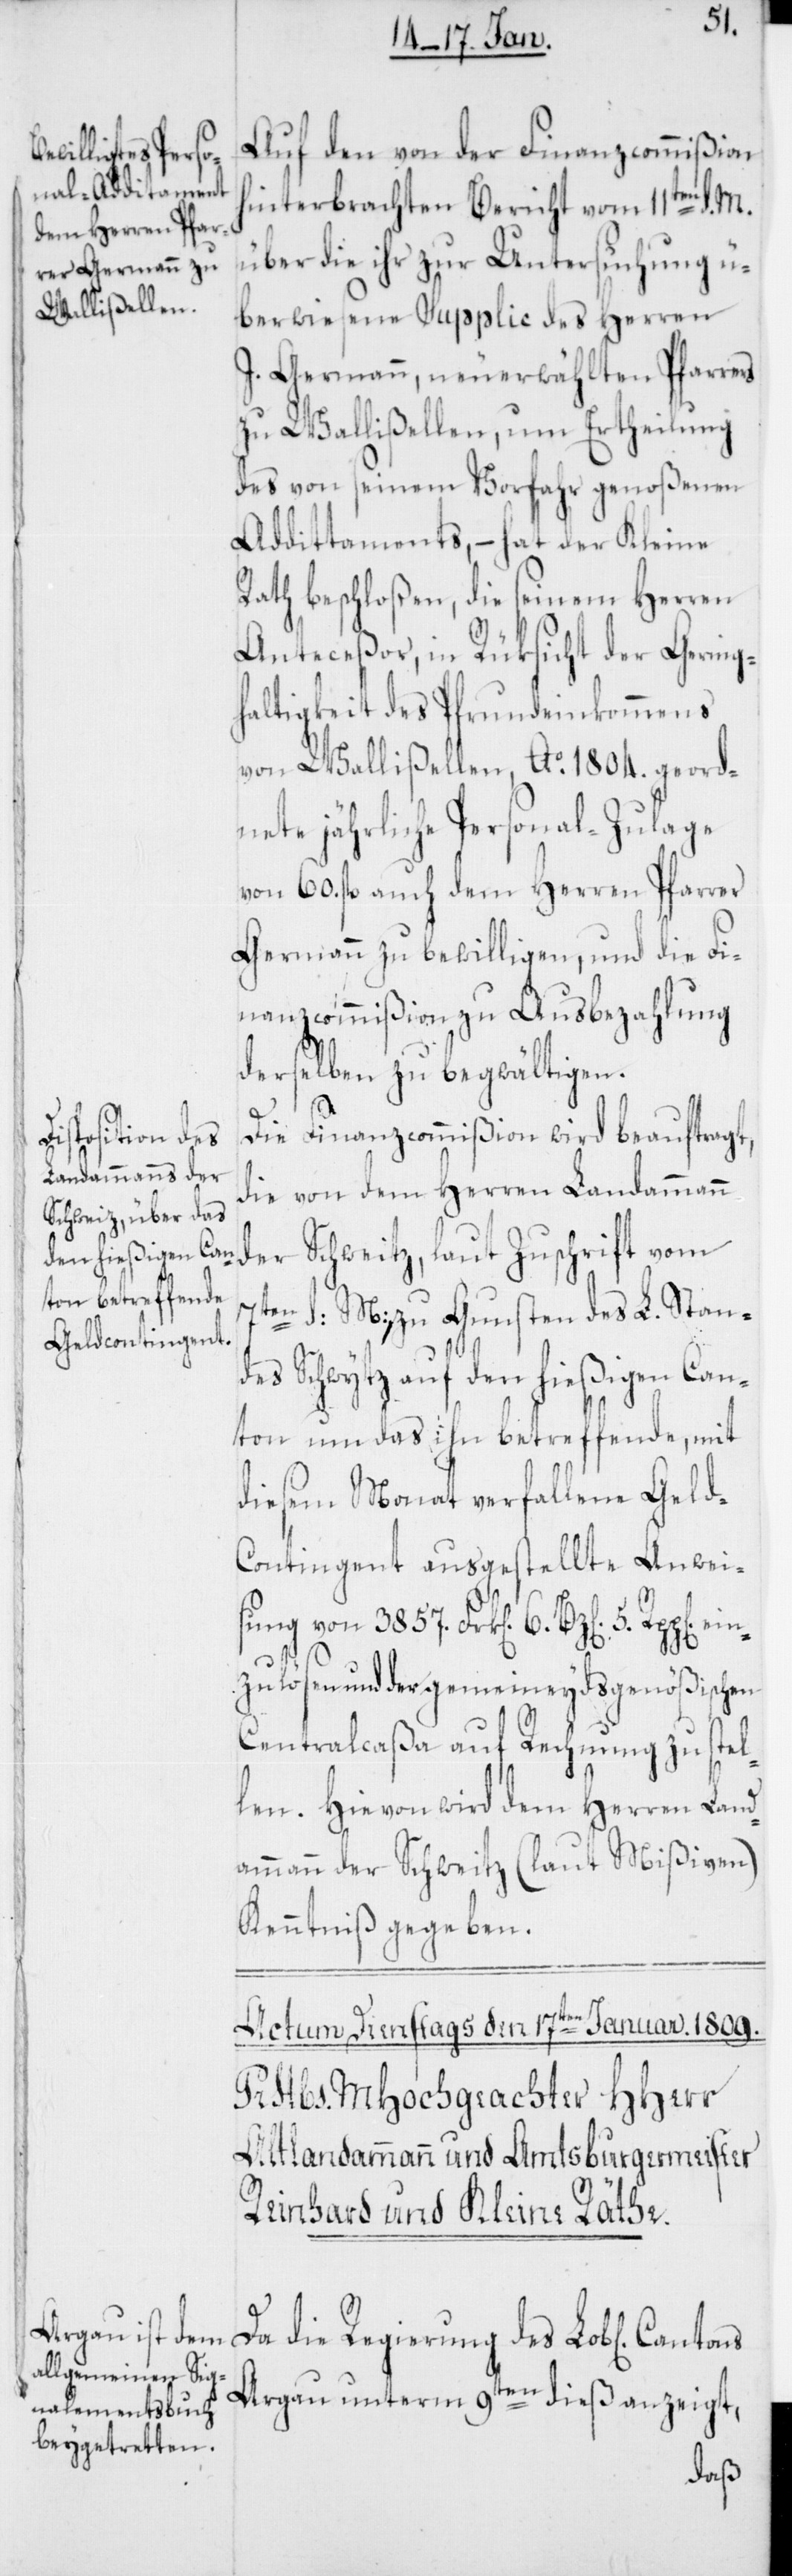
Auf den von der Finanzcommißion
hinterbrachten Bericht vom 11ten d. M.
über die ihr zur Untersuchung ü¬
berwiesene Supplic des Herren
J. Germann, neuerwählten Pfarrers
zu Wallißellen, um Ertheilung
des von seinem Vorfahr genoßenen
Addittaments, – hat der Kleine
Rath beschloßen, die seinem Herren
Anteceßor, in Rüksicht der Gering¬
haltigkeit des Pfrundeinkommens
von Wallißellen, Ao 1804. geord¬
nete jährliche Personal-Zulage
von 60 fl. auch dem Herren Pfarrer
Germann zu bewilligen, und die Fi¬
nanzcommißion zu Ausbezahlung
derselben zu begwältigen.
Die Finanzcommißion wird beauftragt,
die von dem Herren Landammann
der Schweitz, laut Zuschrift vom
7ten d: M:, zu Gunsten des L. Stan¬
des Schwytz auf den hießigen Can¬
ton um das ihn betreffende, mit
diesem Monat verfallene Geld-C¬
ontingent ausgestellte Anwei¬
sung von 3857. Frk[en]. 6. Bz[en].
nzulösen und der gemeineydsgenößischen
Centralcaßa auf Rechnung zu stel¬
len. Hievon wird dem Herren Land¬
ammann der Schweitz (laut Mißiven)
Kenntniß gegeben.
ei¬
Da die Regierung des Lobl[ichen]
Argau unterm 9ten dieß anzeigt,